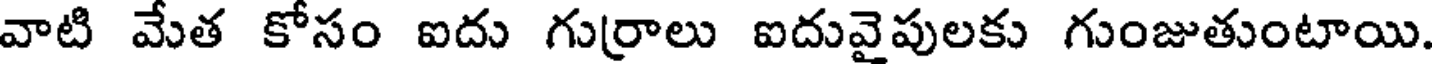
వాటి వేత కోసం ఐదు గు(రాలు ఐదువైపులకు గుంజుతుంటాయి.